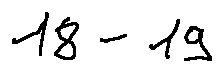
1 8 - 1 9